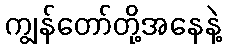
ကျွန်တော်တို့အနေနဲ့